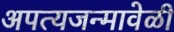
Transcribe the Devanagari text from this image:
अपत्यजन्मावेळी